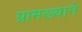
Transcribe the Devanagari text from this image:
प्रामख्याने